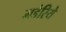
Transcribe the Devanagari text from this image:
गडेरिये